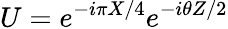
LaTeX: U=e^{-i\pi X/4}e^{-i\theta Z/2}